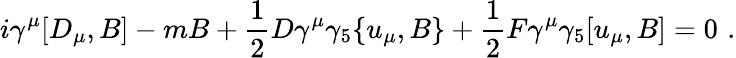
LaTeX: i\gamma^{\mu}[D_{\mu},B]-mB+\frac{1}{2}D\gamma^{\mu}\gamma_{5}\{ u_{\mu},B\} +\frac{1}{2}F\gamma^{\mu}\gamma_{5}[u_{\mu},B]=0\, \, .